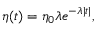
\eta ( t ) = \eta _ { 0 } \lambda e ^ { - \lambda | t | } ,